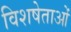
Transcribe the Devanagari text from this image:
विशषेताओं